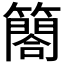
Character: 𮆤